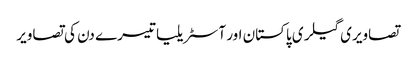
تصاویری گیلری پاکستان اور آسٹریلیا تیسرے دن کی تصاویر